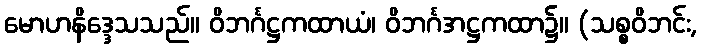
မောဟနိဒ္ဒေသသည်။ ဝိဘင်္ဂဋ္ဌကထာယံ၊ ဝိဘင်္ဂအဋ္ဌကထာ၌။ (သစ္စဝိဘင်း,